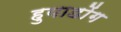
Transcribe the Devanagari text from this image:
हुयाडोंग